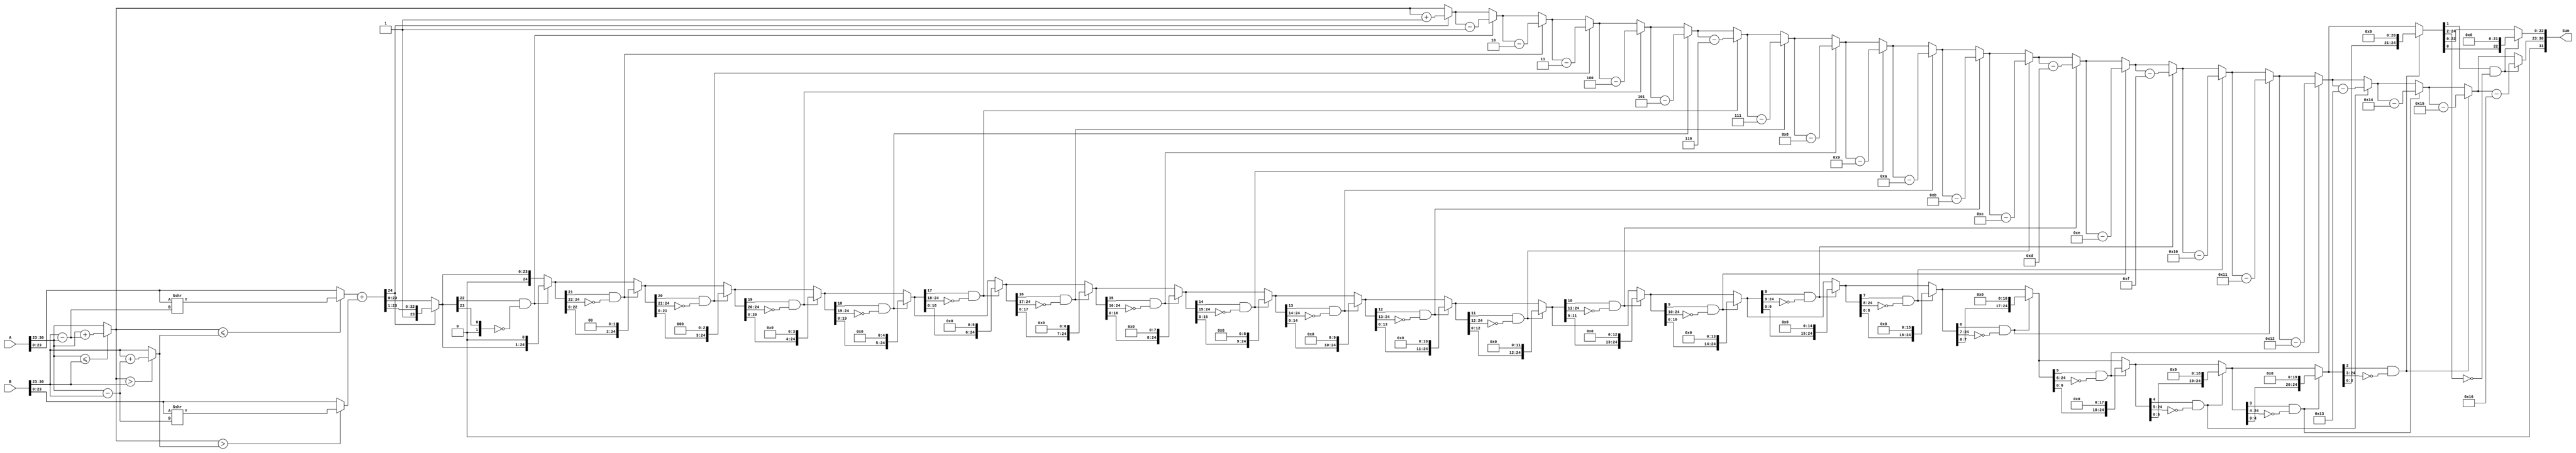
`timescale 1ns / 1ps
//////////////////////////////////////////////////////////////////////////////////
// Company: 
// Engineer: 
// 
// Design Name: 
// Module Name: Adder32
// Project Name: 
// Target Devices: 
// Tool Versions: 
// Description: 
// 
// Dependencies: 
// 
// Revision:
// Revision 0.01 - File Created
// Additional Comments:
// 
//////////////////////////////////////////////////////////////////////////////////

module Adder32(
input [31:0] A,
input [31:0] B,
output [31:0] Sum
);
reg [7:0] SumExp;
reg SumSign;
reg [24:0] SumMan;
reg [22:0] SumManFinal;
reg [7:0] AExp;
reg [7:0] BExp;
reg [7:0] aexp;
reg [7:0] bexp;
reg ASign;
reg BSign;
reg [23:0] AMan;
reg [23:0] BMan;
initial begin
SumManFinal = 0;
end
always @ (*) begin
//BREAK DOWN THE NUMBERS TO BE ADDED INTO THEIR THREE PARTS
AExp = A[30:23];
BExp = B[30:23];
aexp = A[30:23];
bexp = B[30:23];
ASign = A[31];
BSign = B[31];
AMan = A[23:0];
BMan = B[23:0];

//USE XOR TO GET THE CORRECT SIGN BIT FOR THE SUM
SumSign = 0;

//EQUALIZE THE EXPONENTS
if (AExp <= BExp) begin
    AExp = AExp + (bexp - aexp); end    
if (AExp > BExp) begin
    BExp = BExp + (aexp - bexp); end
    
if (AExp <= BExp) begin
    AMan = AMan >> (bexp - aexp); end 
if (AExp > BExp) begin
    BMan = BMan >> (aexp - bexp); end 

//GET THE SUM MANTISSA AND SUM EXPONENT AT THIS POINT
SumMan = AMan + BMan;
SumExp = AExp;

//NORMALIZE THE RESULT
if (SumMan[24] == 1'b1) begin 
    SumMan = SumMan >> 1;
    SumExp = SumExp + 25'd1; end
    
if ((SumMan[22] == 1'b1) & (SumMan[24:23] == 0)) begin
SumMan = SumMan << 24'd1;
SumExp = SumExp - 24'd1; end

if ((SumMan[21] == 1'b1) & (SumMan[24:22] == 0)) begin
SumMan = SumMan << 24'd2;
SumExp = SumExp - 24'd2; end

if ((SumMan[20] == 1'b1) & (SumMan[24:21] == 0)) begin
SumMan = SumMan << 24'd3;
SumExp = SumExp - 24'd3; end

if ((SumMan[19] == 1'b1) & (SumMan[24:20] == 0)) begin
SumMan = SumMan << 24'd4;
SumExp = SumExp - 24'd4; end

if ((SumMan[18] == 1'b1) & (SumMan[24:19] == 0)) begin
SumMan = SumMan << 24'd5;
SumExp = SumExp - 24'd5; end

if ((SumMan[17] == 1'b1) & (SumMan[24:18] == 0)) begin
SumMan = SumMan << 24'd6;
SumExp = SumExp - 24'd6; end

if ((SumMan[16] == 1'b1) & (SumMan[24:17] == 0)) begin
SumMan = SumMan << 24'd7;
SumExp = SumExp - 24'd7; end

if ((SumMan[15] == 1'b1) & (SumMan[24:16] == 0)) begin
SumMan = SumMan << 24'd8;
SumExp = SumExp - 24'd8; end
///////////////////////////////////////////////////
if ((SumMan[14] == 1'b1) & (SumMan[24:15] == 0)) begin
SumMan = SumMan << 24'd9;
SumExp = SumExp - 24'd9; end

if ((SumMan[13] == 1'b1) & (SumMan[24:14] == 0)) begin
SumMan = SumMan << 24'd10;
SumExp = SumExp - 24'd10; end

if ((SumMan[12] == 1'b1) & (SumMan[24:13] == 0)) begin
SumMan = SumMan << 24'd11;
SumExp = SumExp - 24'd11; end

if ((SumMan[11] == 1'b1) & (SumMan[24:12] == 0)) begin
SumMan = SumMan << 24'd12;
SumExp = SumExp - 24'd12; end

if ((SumMan[10] == 1'b1) & (SumMan[24:11] == 0)) begin
SumMan = SumMan << 24'd13;
SumExp = SumExp - 24'd13; end

if ((SumMan[9] == 1'b1) & (SumMan[24:10] == 0)) begin
SumMan = SumMan << 24'd14;
SumExp = SumExp - 24'd14; end

if ((SumMan[8] == 1'b1) & (SumMan[24:9] == 0)) begin
SumMan = SumMan << 24'd15;
SumExp = SumExp - 24'd15; end

if ((SumMan[7] == 1'b1) & (SumMan[24:8] == 0)) begin
SumMan = SumMan << 24'd16;
SumExp = SumExp - 24'd16; end

if ((SumMan[6] == 1'b1) & (SumMan[24:7] == 0)) begin
SumMan = SumMan << 24'd17;
SumExp = SumExp - 24'd17; end

if ((SumMan[5] == 1'b1) & (SumMan[24:6] == 0)) begin
SumMan = SumMan << 24'd18;
SumExp = SumExp - 24'd18; end

if ((SumMan[4] == 1'b1) & (SumMan[24:5] == 0)) begin
SumMan = SumMan << 24'd19;
SumExp = SumExp - 24'd19; end

if ((SumMan[3] == 1'b1) & (SumMan[24:4] == 0)) begin
SumMan = SumMan << 24'd20;
SumExp = SumExp - 24'd20; end

if ((SumMan[2] == 1'b1) & (SumMan[24:3] == 0)) begin
SumMan = SumMan << 24'd21;
SumExp = SumExp - 24'd21; end

if ((SumMan[1] == 1'b1) & (SumMan[24:2] == 0)) begin
SumMan = SumMan << 24'd22;
SumExp = SumExp - 24'd22; end

//DELETE EXCESS BIT ON THE LEFT
SumManFinal = SumMan[22:0];
end

//COMPOSE FINAL RESULT
assign Sum = {SumSign,SumExp,SumManFinal};
endmodule